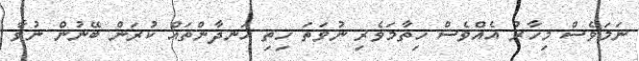
ނަމަވެސް މިހާރު އެއްވެސް ހިތާމަވެރި ނުވަތަ ހިތި ހަނދާންތައް ކުރަން ބޭނުން ނުވާ